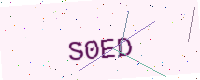
Text: S0ED